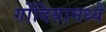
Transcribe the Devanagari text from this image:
गोंदियामध्ये